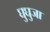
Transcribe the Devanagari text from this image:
घुघुजा